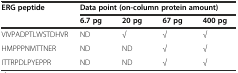
<table><thead><tr><td rowspan="2"><b>ERG peptide</b></td><td colspan="4"><b>Data point (on-column protein amount)</b></td></tr><tr><td><b>6.7 pg</b></td><td><b>20 pg</b></td><td><b>67 pg</b></td><td><b>400 pg</b></td></tr></thead><tbody><tr><td>VIVPADPTLWSTDHVR</td><td>ND</td><td>√</td><td>√</td><td>√</td></tr><tr><td>HMPPPNMTTNER</td><td>ND</td><td>ND</td><td>√</td><td>√</td></tr><tr><td>ITTRPDLPYEPPR</td><td>ND</td><td>ND</td><td>√</td><td>√</td></tr></tbody></table>